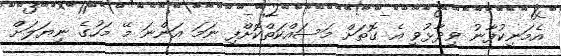
އެމަނިކުފާނު ވިދާޅުވީ އެ ގޮތަށް މަސައްކަތްކޮށްފި ނަމަ އަންނަ މޭ މަހުގެ ނިޔަލަށް